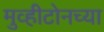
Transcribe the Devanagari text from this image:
मुव्हीटोनच्या